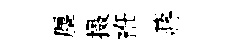
塵摄袵蔣